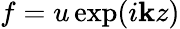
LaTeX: f=u\exp(i\mathbf{k}z)